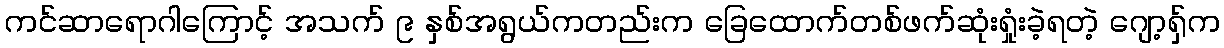
ကင်ဆာရောဂါကြောင့် အသက် ၉ နှစ်အရွယ်ကတည်းက ခြေထောက်တစ်ဖက်ဆုံးရှုံးခဲ့ရတဲ့ ဂျော့ရှ်က